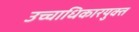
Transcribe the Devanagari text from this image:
उच्चाधिकारयुक्त